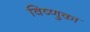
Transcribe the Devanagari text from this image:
विष्णुका